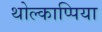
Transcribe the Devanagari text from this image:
थोल्काप्पिया